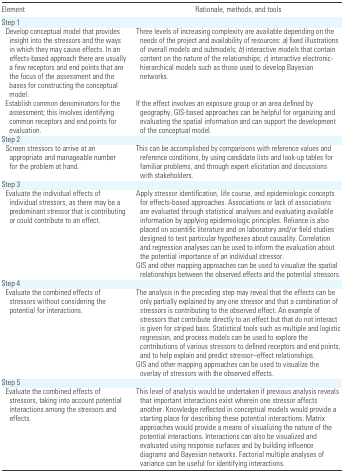
<table><thead><tr><td><b>Element</b></td><td><b>Rationale, methods, and tools</b></td></tr></thead><tbody><tr><td colspan="2">Step 1</td></tr><tr><td> Develop conceptual model that provides insight into the stressors and the ways in which they may cause effects. In an effects-based approach there are usually a few receptors and end points that are the focus of the assessment and the bases for constructing the conceptual model.</td><td>Three levels of increasing complexity are available depending on the needs of the project and availability of resources: <i>a</i>) fixed illustrations of overall models and submodels; <i>b</i>) interactive models that contain content on the nature of the relationships; <i>c</i>) interactive electronic- hierarchical models such as those used to develop Bayesian networks.</td></tr><tr><td> Establish common denominators for the assessment; this involves identifying common receptors and end points for evaluation.</td><td>If the effect involves an exposure group or an area defined by geography, GIS-based approaches can be helpful for organizing and evaluating the spatial information and can support the development of the conceptual model.</td></tr><tr><td colspan="2">Step 2</td></tr><tr><td> Screen stressors to arrive at an appropriate and manageable number for the problem at hand.</td><td>This can be accomplished by comparisons with reference values and reference conditions, by using candidate lists and look-up tables for familiar problems, and through expert elicitation and discussions with stakeholders.</td></tr><tr><td colspan="2">Step 3</td></tr><tr><td> Evaluate the individual effects of individual stressors, as there may be a predominant stressor that is contributing or could contribute to an effect.</td><td>Apply stressor identification, life course, and epidemiologic concepts for effects-based approaches. Associations or lack of associations are evaluated through statistical analyses and evaluating available information by applying epidemiologic principles. Reliance is also placed on scientific literature and on laboratory and/or field studies designed to test particular hypotheses about causality. Correlation and regression analyses can be used to inform the evaluation about the potential importance of an individual stressor.GIS and other mapping approaches can be used to visualize the spatial relationships between the observed effects and the potential stressors.</td></tr><tr><td colspan="2">Step 4</td></tr><tr><td> Evaluate the combined effects of stressors without considering the potential for interactions.</td><td>The analysis in the preceding step may reveal that the effects can be only partially explained by any one stressor and that a combination of stressors is contributing to the observed effect. An example of stressors that contribute directly to an effect but that do not interact is given for striped bass. Statistical tools such as multiple and logistic regression, and process models can be used to explore the contributions of various stressors to defined receptors and end points, and to help explain and predict stressor–effect relationships.GIS and other mapping approaches can be used to visualize the overlay of stressors with the observed effects.</td></tr><tr><td colspan="2">Step 5</td></tr><tr><td> Evaluate the combined effects of stressors, taking into account potential interactions among the stressors and effects.</td><td>This level of analysis would be undertaken if previous analysis reveals that important interactions exist wherein one stressor affects another. Knowledge reflected in conceptual models would provide a starting place for describing these potential interactions. Matrix approaches would provide a means of visualizing the nature of the potential interactions. Interactions can also be visualized and evaluated using response surfaces and by building influence diagrams and Bayesian networks. Factorial multiple analyses of variance can be useful for identifying interactions.</td></tr></tbody></table>